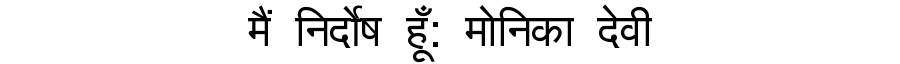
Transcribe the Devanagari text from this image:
मैं निर्दोष हूँ: मोनिका देवी